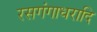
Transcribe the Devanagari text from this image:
रसगंगाधरादि